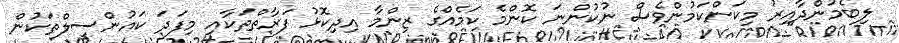
ލިބެމުންދާއިރު މިކަންކަމުންވެސް ނުކުންނަ ކޮންމެ ކަމެއްގެ ޒިންމާ އިދިކޮޅު ފަރާތްތަކާއި މިފަދަ ކައުންސިލްތަކުން